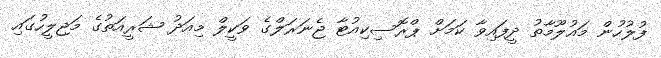
ފުލުހުން މައުލޫމާތު ދީފައިވާ ކަމަށް ޕްރޮސިކިއުޓާ ޖެނަރަލްގެ ވަކީލް މިއަދު ޝަރީއަތުގެ މަޖިލީހުގައި